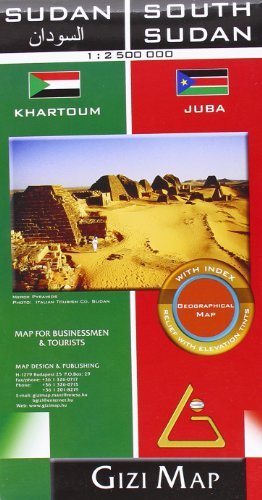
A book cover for By GiziMap Firm Sudan & South Sudan Geographical [Map]; Travel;